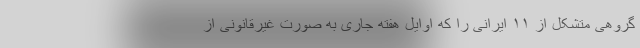
گروهی متشکل از ۱۱ ایرانی را که اوایل هفته جاری به صورت غیرقانونی از